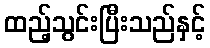
ထည့်သွင်းပြီးသည်နှင့်